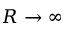
R \rightarrow \infty